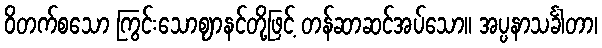
ဝိတက်စသော ကြွင်းသောဈာနင်တို့ဖြင့် တန်ဆာဆင်အပ်သော။ အပ္ပနာသင်္ခါတာ၊